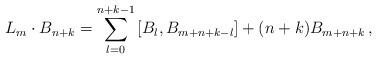
LaTeX: \begin{align*}L_m\cdot B_{n+k} = \sum_{l=0}^{n+k-1} \left[B_l,B_{m+n+k-l}\right] + (n+k)B_{m+n+k} \, ,\end{align*}